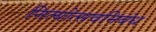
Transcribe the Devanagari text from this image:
नित्योत्सवनिबंध